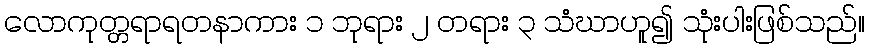
လောကုတ္တရာရတနာကား ၁ ဘုရား ၂ တရား ၃ သံဃာဟူ၍ သုံးပါးဖြစ်သည်။